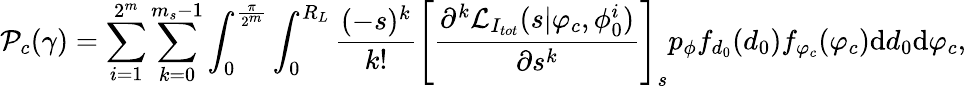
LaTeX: \mathcal{P}_{c}(\gamma)=\sum_{i=1}^{2^{m}}\sum_{k=0}^{m_{s}-1}\int_{0}^{\frac{\pi}{2^{m}}}\int_{0}^{R_{L}}\frac{(-s)^{k}}{k!}{\Bigg[\frac{\partial^{k}\mathcal{L}_{I_{tot}}(s|\varphi_{c},\phi_{0}^{i})}{\partial{s^{k}}}\Bigg]}_{s}p_{\phi}f_{d_{0}}(d_{0})f_{\varphi_{c}}(\varphi_{c})\mathrm{d}d_{0}\mathrm{d}\varphi_{c},